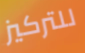
للتركيز